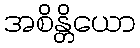
အစိန္တိယော